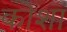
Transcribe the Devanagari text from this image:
कोशां